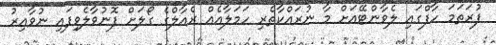
ފުރަތަމަ ހާފްގައި ލެވާންޓޭއަށް މާ ނުރައްކާތެރި ހަމަލާއެއް ރެއާލްގެ ގޯލަށް ފޮނުވާލެވިފައި ނުވާއިރު